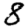
Digit: 8